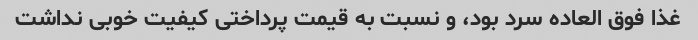
غذا فوق العاده سرد بود، و نسبت به قیمت پرداختی کیفیت خوبی نداشت